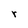
Character: r